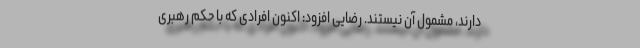
دارند، مشمول آن نیستند. رضایی افزود: اکنون افرادی که با حکم رهبری